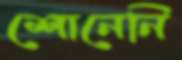
শোনেনি